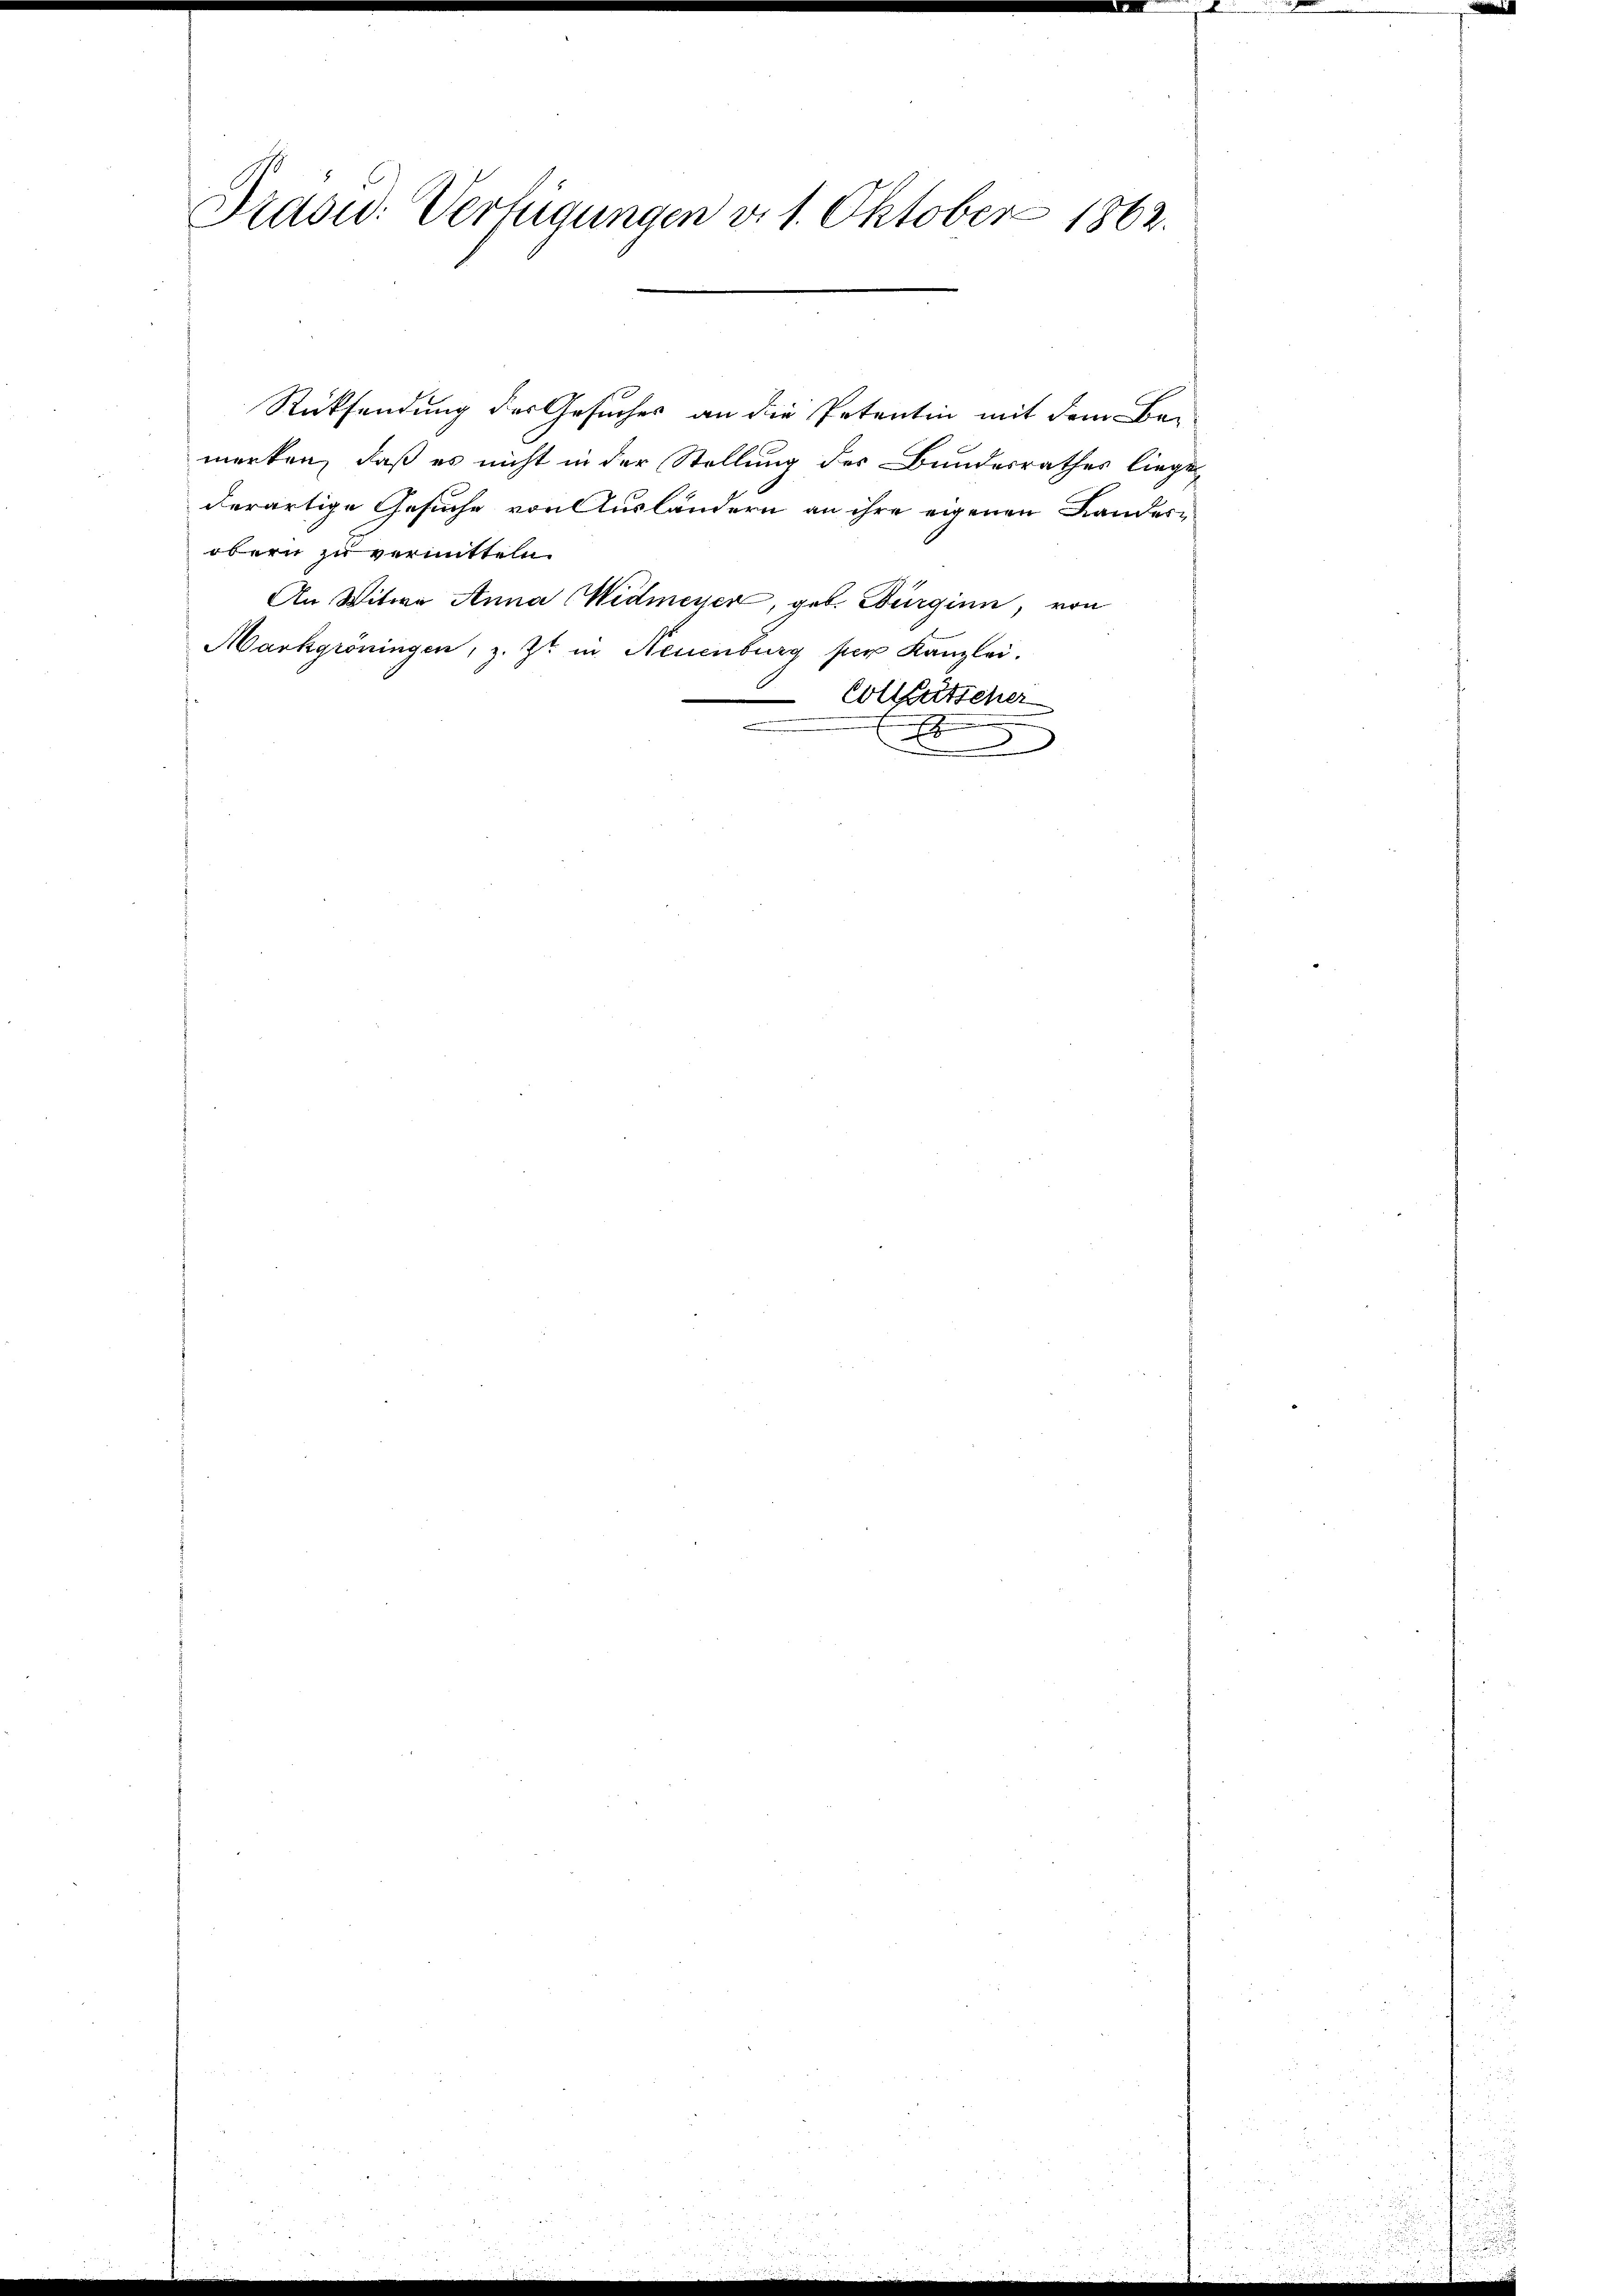
Prasid: Verfügungen v. 1. Oktober 1862.

Rücksendung des Gesuches an die Petentin mit dem Be-
merken, daß es nicht in der Stellung des Bundesrathes liege
derartige Gesuche von Ausländern an ihre eigenen Landes-
obern zu vermitteln
An Witwe Anna Widmeyer, geb. Burgien, von
Markgröningen, z. Zt. in Neuenburg per Kanzlei.
Collertscher
x
n